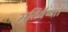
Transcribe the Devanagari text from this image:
मूर्तिवैष्णों